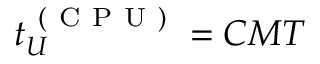
t _ { U } ^ { \mathrm { ~ ( ~ C ~ P ~ U ~ ) ~ } } = C M T